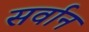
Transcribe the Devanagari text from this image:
सर्वान